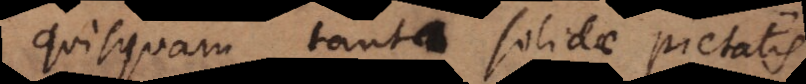
quisquam tanta solidae pietatis